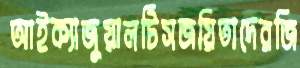
আইক্যাজুয়ালটিসজয়িতাদেরজি